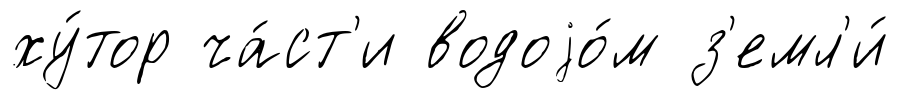
ху́тор ча́ст'и водоjо́м з'емл'и́